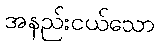
အနည်းငယ်သော